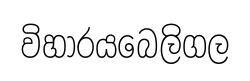
විහාරයබෙලිගල